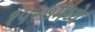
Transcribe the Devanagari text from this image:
१५२७मध्ये